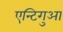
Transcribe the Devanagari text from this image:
एन्टिगुआ